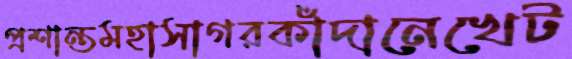
প্রশান্তমহাসাগরকাঁদানেখেট